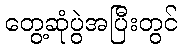
တွေ့ဆုံပွဲအပြီးတွင်